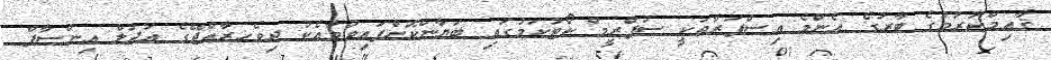
ޤާއިމްކުރުމުގެ ބާރުގެ އެންމެ އިސްފަރާތަކީ ސުޕްރީމް ކޯޓުކަމުގައި ބަޔާންކޮށްފައިވުމާއެކު ދިވެހރާއްޖޭގެ އަދުލް އިންސާފް